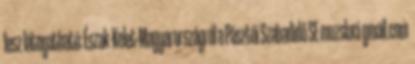
lesz látogatható: Észak-Kelet-Magyarországról a Pásztói Szabadidő SE muzslaci gmail.com